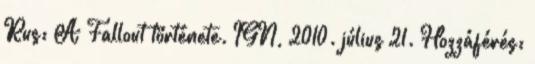
Rus: A Fallout története. IGN, 2010. július 21. Hozzáférés: